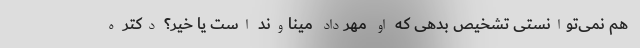
هم نمی‌توانستی تشخیص بدهی که او مهرداد میناوند است یا خیر؟ دکتر ه